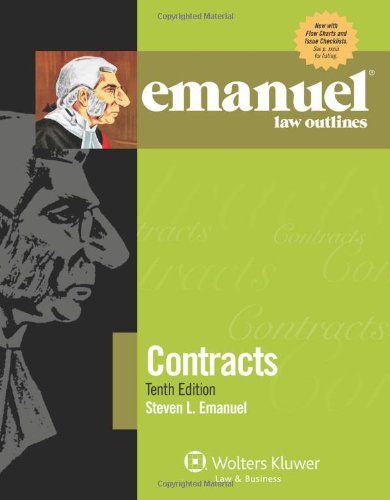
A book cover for Emanuel Law Outlines: Contracts, Tenth Edition; Steven L. Emanuel; Law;